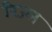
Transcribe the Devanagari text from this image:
रिज्ल